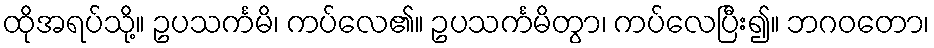
ထိုအရပ်သို့။ ဥပသင်္ကမိ၊ ကပ်လေ၏။ ဥပသင်္ကမိတွာ၊ ကပ်လေပြီး၍။ ဘဂဝတော၊